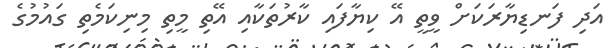
އަދި ފަނޑިޔާރަކަށް ވީތީ އޭ ކިޔާފައި ކާރުތަކާއި އޭތި މީތި މިނިކަމެތި ގައުމުގެ